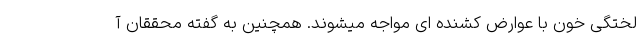
لختگی خون با عوارض کشنده ای مواجه میشوند. همچنین به گفته محققان آ